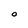
Character: O